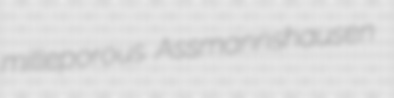
milleporous Assmannshausen